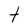
Character: t